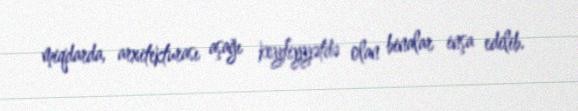
miqdarda, arxitekturası aşağı keyfiyyətdə olan binalar inşa edilib.